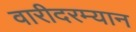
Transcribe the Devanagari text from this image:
वारीदरम्यान